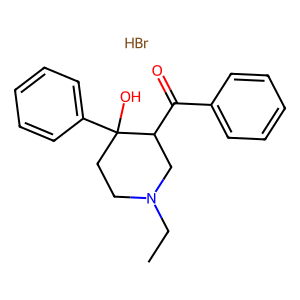
SMILES: Br.CCN1CCC(O)(c2ccccc2)C(C(=O)c2ccccc2)C1
Inhibits HIV replication: No